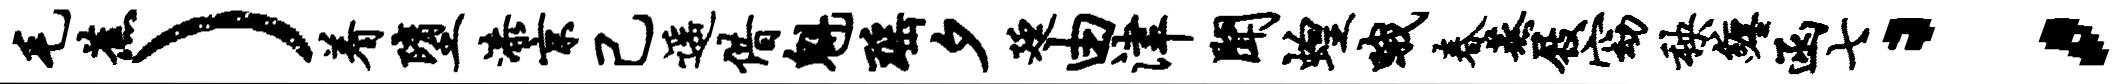
毛蕉）着堕漆京己遥借魁瑶夕廷由津闻蝗哦春蒸屐窈秧缠函七；